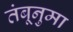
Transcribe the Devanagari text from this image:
तंबूनुमा